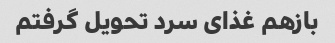
بازهم غذاى سرد تحویل گرفتم